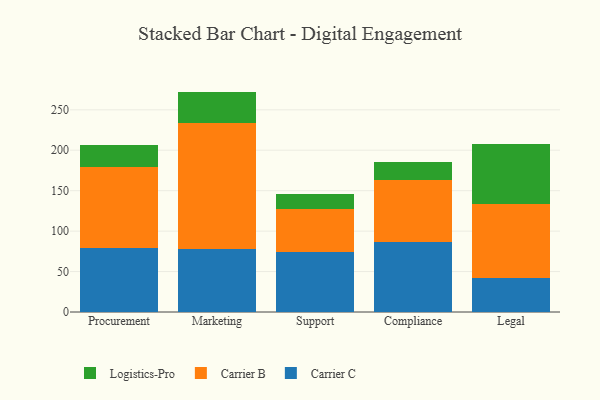
{"axis": {"x": "Department", "y": "Customer Acquisition Cost (USD)"}, "legend": ["Carrier B", "Carrier C", "Logistics-Pro"], "data": [{"x": "Procurement", "y": 79.0, "type": "Carrier C"}, {"x": "Procurement", "y": 100.2, "type": "Carrier B"}, {"x": "Procurement", "y": 26.7, "type": "Logistics-Pro"}, {"x": "Marketing", "y": 77.9, "type": "Carrier C"}, {"x": "Marketing", "y": 156.0, "type": "Carrier B"}, {"x": "Marketing", "y": 38.6, "type": "Logistics-Pro"}, {"x": "Support", "y": 73.6, "type": "Carrier C"}, {"x": "Support", "y": 53.2, "type": "Carrier B"}, {"x": "Support", "y": 19.2, "type": "Logistics-Pro"}, {"x": "Compliance", "y": 86.5, "type": "Carrier C"}, {"x": "Compliance", "y": 76.7, "type": "Carrier B"}, {"x": "Compliance", "y": 22.5, "type": "Logistics-Pro"}, {"x": "Legal", "y": 42.4, "type": "Carrier C"}, {"x": "Legal", "y": 91.0, "type": "Carrier B"}, {"x": "Legal", "y": 74.3, "type": "Logistics-Pro"}]}